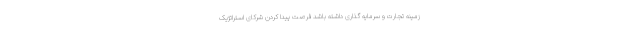
زمینه تجارت و سرمایه گذاری داشته باشد فرصت پیدا کردن شرکای استراتژیک